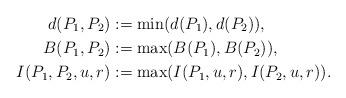
LaTeX: \begin{align*}d(P_{1},P_{2}) &:= \min(d(P_{1}),d(P_{2})),\\ B(P_{1},P_{2}) &:= \max(B(P_{1}),B(P_{2})),\\I(P_{1},P_{2},u,r) &:= \max(I(P_{1},u,r),I(P_{2},u,r)).\end{align*}